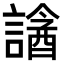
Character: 𧫧